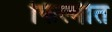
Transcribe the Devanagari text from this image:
फिल्मीत